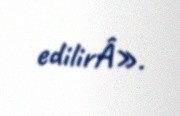
edilirÂ».